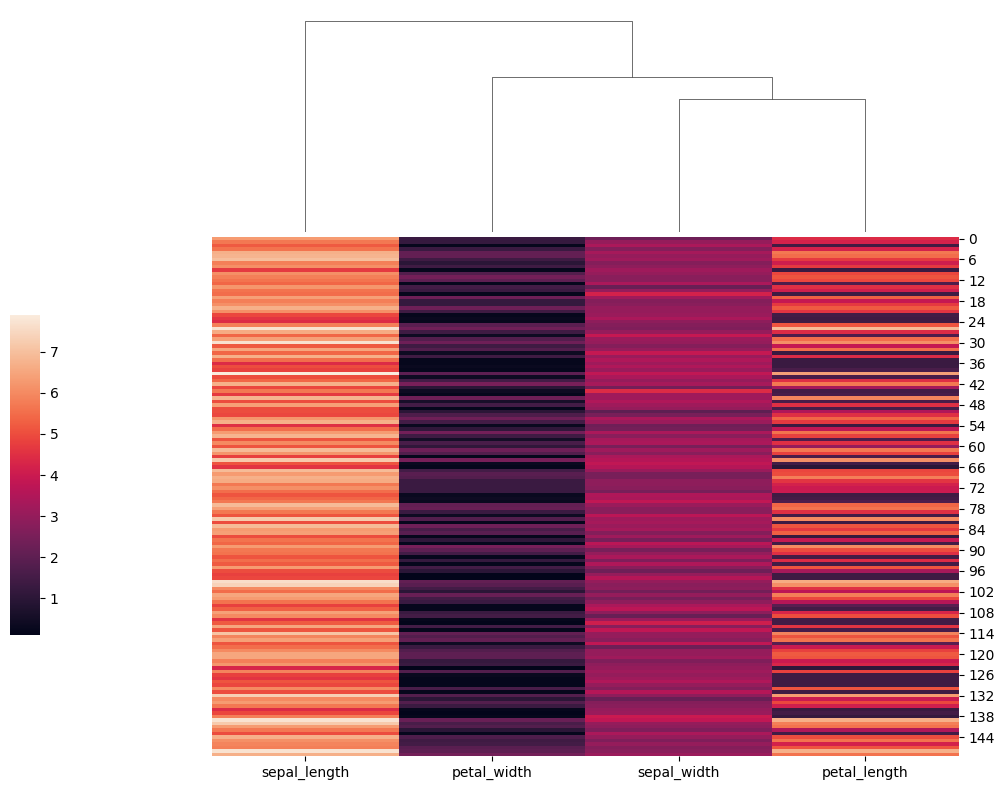
python, seaborn, clustermap, figsize=(10, 8), row_cluster=False, dendrogram_ratio=(0.2, 0.3), cbar_pos=(0, 0.2, 0.03, 0.4)